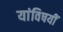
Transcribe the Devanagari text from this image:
यांविषयीं